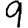
Digit: 9